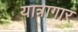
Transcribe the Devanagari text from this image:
यात्रागार